Report of the Indian Hemp Drugs Commission, 1894-1895 - Volume II
Year: 1894
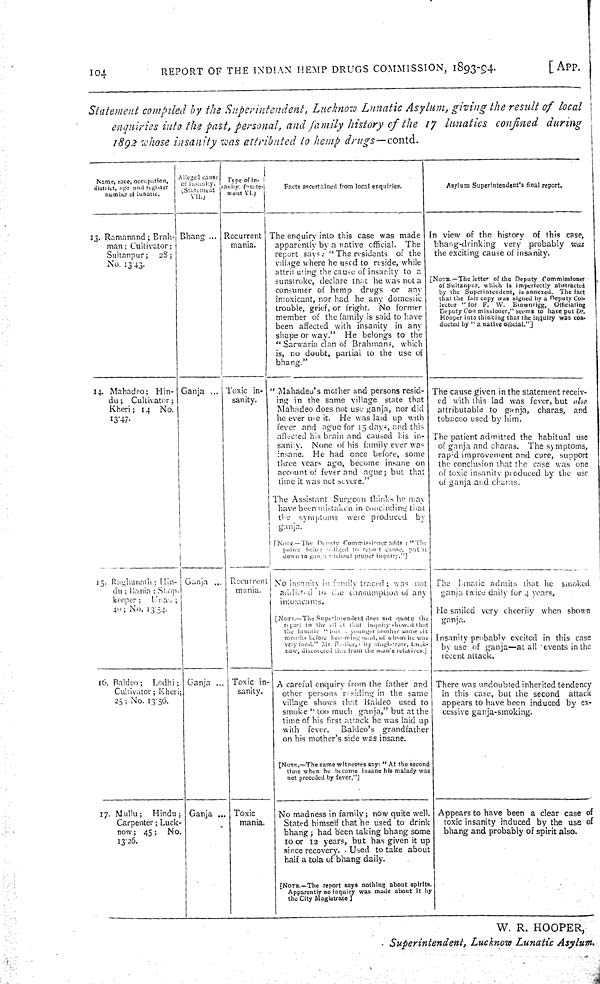
104
REPORT OF THE INDIAN HEMP DRUGS COMMISSION, 1893-94.
[APP.
Statement compiled by the Superintendent, Lucknow Lunatic Asylum, giving the result of local
enquiries into the past, personal, and family history of the 17 lunatics confined during
1892 whose insanity was attributed to hemp drugs—contd.
Name, race, occupation,
district, age and register
number of lunatic.
Alleged cause
of insanity.
(Statement
VII.)
Type of in-
sanity. (State-
ment VI.)
Facts ascertained from local enquiries.
Asylum Superintendent's final report.
13. Ramanand; Brah-
man; Cultivator;
Suitanpur;
28;
No. 13.43.
Bhang
Recurrent
mania.
The enquiry into this case was made
apparently by a native official. The
report says: "The residents of the
village where he used to reside, while
attributing the cause of insanity to a
sunstroke, declare that he was not a
consumer of hemp drugs or any
intoxicant, nor had he any domestic
trouble, grief, or fright. No former
member of the family is said to have
been affected with insanity in any
shape or way." He belongs to the
"Sarwaria clan of Brahmans, which
is, no doubt, partial to the use of
bhang."
In view of the history of this case,
bhang-drinking very probably was
the exciting cause of insanity.
[NOTE.—The letter of the Deputy Commissioner
of Sultanpur, which is imperfectly abstracted
by the Superintendent, is annexed. The fact
that the fair copy was signed by a Deputy Col-
lector " for F. W. Brownrigg, Officiating
Deputy Commissioner," seems to have put Dr.
Hooper into thinking that the inquiry was con-
ducted by "a native official."]
14. Mahadeo; Hin-
du; Cultivator;
Kheri; 14 No.
13.47.
Ganja
Toxic in-
sanity.
"Mahadeo's mother and persons resid-
ing in the same village state that
Mahadeo does not use ganja, nor did
he ever use it. He was laid up with
fever and ague for 15 days, and this
affected his brain and caused his in-
sanity. None of his family ever was
insane. He had once before, some
three years ago, become insane on
account of fever and ague; but that
time it was not severe."
The Assistant Surgeon thinks he may
have been mistaken in concluding that
the symptoms were produced by
ganja.
[NOTE.—The Deputy Commissioner adds: "The
police being llged to report cause, pat it
down to ganja without proper inquiry."]
The cause given in the statement receiv-
ed with this lad was fever, but also
attributable to ganja, charas, and
tobacoo used by him.
The patient admitted the habitual use
of ganja and charas. The symptoms,
rapid improvement and cure, support
the conclusion that the case was one
of toxic insanity produced by the use
of ganja and charas.
15. Raghunath; Hin-
du; Bania; Shop-
keeper;
Unao;
40; No. 13.54.
Ganja
Recurrent
mania.
No insanity, in family traced; was not
addicted to the consumption of any
intoxicants.
[NOTE.—The Superintendent does not quote the
report to the filed that inquiry showed that
the lunatic "lost younger brother some six
months before becoming mad, of whom he was
very fond." Mr. Radlee, City Magistrate, Luck-
now, discovered this from the man's relatives.]
The lunatic admits that he smoked
ganja twice daily for 4 years.
He smiled very cheerily when shown
ganja.
Insanity probably excited in this case
by use of ganja—at all events in the
recent attack.
16. Baldeo; Lodhi;
Cultivator; Kheri;
25; No. 13.56.
Ganja
Toxic in-
sanity.
A careful enquiry from the father and
other persons residing in the same
village shows that Baldeo used to
smoke "too much ganja," but at the
time of his first attack he was laid up
with fever.
Baldeo's grandfather
on his mother's side was insane.
[NOTE.—The same witnesses say: "At the second
time when he became insane his malady was
not preceded by fever."]
There was undoubted inherited tendency
in this case, but the second attack
appears to have been induced by ex-
cessive ganja-smoking.
17. Mullu;
Hindu;
Carpenter; Luck-
now; 45;
No.
13.26.
Ganja
Toxic
mania.
No madness in family; now quite well.
Stated himself that he used to drink
bhang; had been taking bhang some
10 or 12 years, but has given it up
since recovery. Used to take about
half a tola of bhang daily.
[NOTE.—The report says nothing about spirits
Apparently no inquiry was made about it by
the City Magistrate]
Appears to have been a clear case of
toxic insanity induced by the use of
bhang and probably of spirit also.
W. R. HOOPER,
Superintendent, Lucknow Lunatic Asylum.